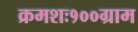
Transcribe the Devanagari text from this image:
क्रमशः१००ग्राम